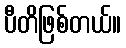
ပီတိဖြစ်တယ်။